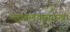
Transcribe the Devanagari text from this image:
न्यायालयासारखा